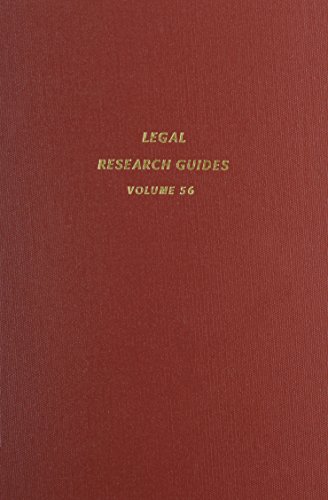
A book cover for International Tax Law (Legal Research Guides); Christopher C. Dykes; Law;